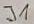
Text: J1